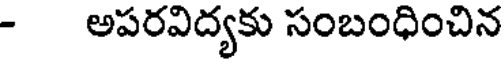
- అపరవిద్యకు సంబంధించిన